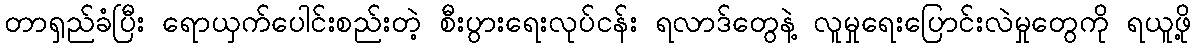
တာရှည်ခံပြီး ရောယှက်ပေါင်းစည်းတဲ့ စီးပွားရေးလုပ်ငန်း ရလာဒ်တွေနဲ့ လူမှုရေးပြောင်းလဲမှုတွေကို ရယူဖို့